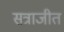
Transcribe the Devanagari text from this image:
सत्राजीत